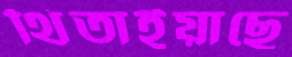
থিতাইয়াছে